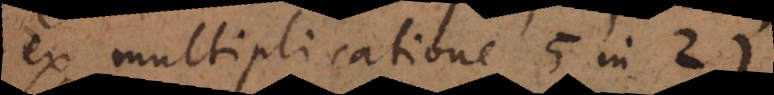
ex multiplicatione 5 in 2),